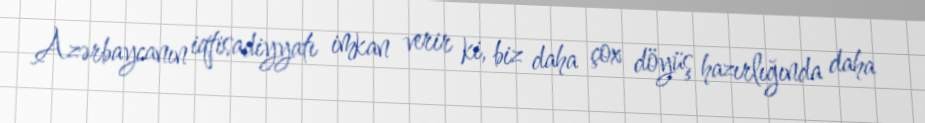
Azərbaycanın iqtisadiyyatı imkan verir ki, biz daha çox döyüş hazırlığında daha